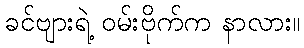
ခင်ဗျားရဲ့ ဝမ်းဗိုက်က နာလား။